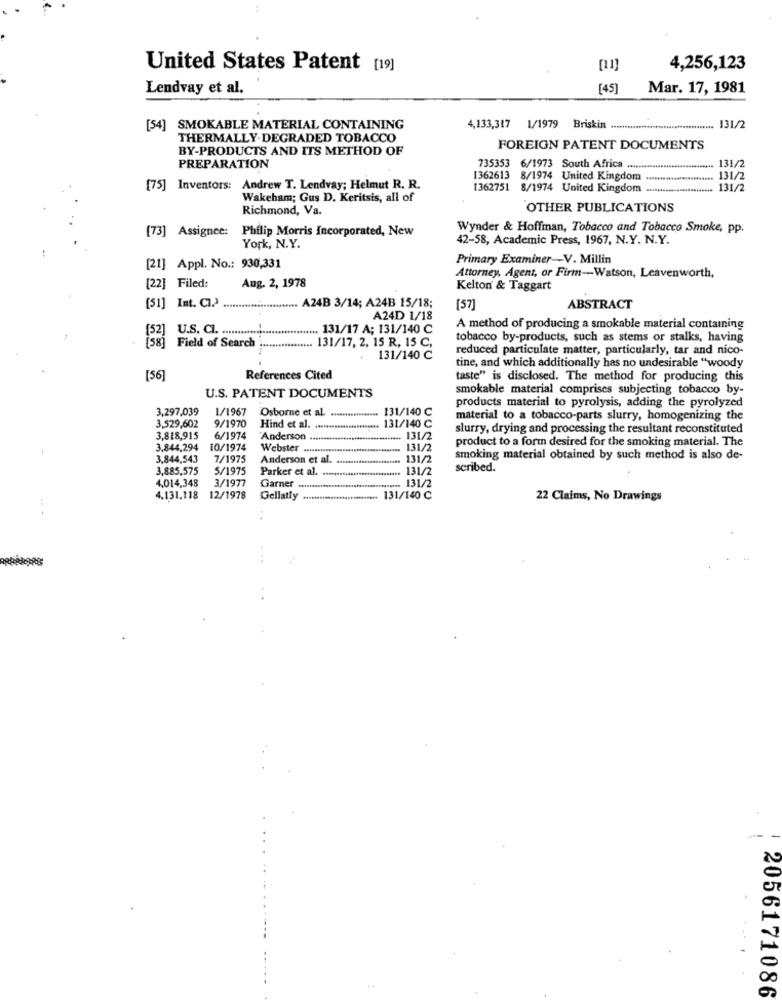
United States Patent [19]
4,256,123
Lendvay et al.
[4]
Mar. 17, 1981
[54] SMOKABLE MATERIAL CONTAINING
4,133,317 1/1979 Briskin .
. 131/2
THERMALLY. DEGRADED TOBACCO
BY-PRODUCTS AND ITS METHOD OF
FOREIGN PATENT DOCUMENTS
PREPARATION
735353 6/1973 South Africa
. 131/2
1362613 8/1974 United Kingdom
131/2
[75] Inventors: Andrew T. Lendvay; Helmut R. R.
1362751 8/1974 United Kingdom
131/2
Wakeham; Gus D. Keritsis, all of
Richmond, Va.
OTHER PUBLICATIONS
[73] Assignee:
Philip Morris Incorporated, New
Wynder & Hoffman, Tobacco and Tobacco Smoke, pp.
42-58, Academic Press, 1967, N.Y. N.Y.
York, N.Y.
Primary Examiner-V. Millin
[21] Appl. No .: 930,331
Attorney, Agent, or Firm -- Watson, Leavenworth,
[22] Filed:
Aug. 2, 1978
Kelton & Taggart
[51] Int. C1.2 ........................ A24B 3/14; A24B 15/18;
[57]
ABSTRACT
A24D 1/18
U.S. Cl. ............................... 131/17 A; 131/140 C
A method of producing a smokable material containing
... 131/17, 2, 15 R, 15 C,
tobacco by-products, such as stems or stalks, having
Field of Search ..................
reduced particulate matter, particularly, tar and nico-
131/140 C
tine, and which additionally has no undesirable "woody
[56
References Cited
taste" is disclosed. The method for producing this
smokable material comprises subjecting tobacco by-
U.S. PATENT DOCUMENTS
3,297,039
1/1967
.. 131/140 C
products material to pyrolysis, adding the pyrolyzed
9/1970
Osbome et al. ................. .
131/140 C
material to a tobacco-parts slurry, homogenizing the
3,529,602
Hind et al.
slurry, drying and processing the resultant reconstituted
3,818,915
6/1974
"Anderson
131/2
product to a form desired for the smoking material. The
3.844,294
10/1974
Webster
131/2
3,844,543
7/1975
Anderson et al.
131/2
smoking material obtained by such method is also de-
3,885,575
5/1975
Parker et al. ............................. 131/2
scribed.
4,014,348
3/1977
Garner
131/2
4.131,118 12/1978
Gellatly ........................... 131/140 ℃
22 Claims, No Drawings
2056171086